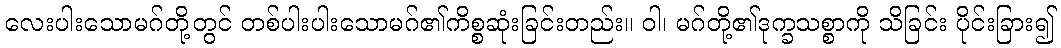
လေးပါးသောမဂ်တို့တွင် တစ်ပါးပါးသောမဂ်၏ကိစ္စဆုံးခြင်းတည်း။ ဝါ၊ မဂ်တို့၏ဒုက္ခသစ္စာကို သိခြင်း ပိုင်းခြား၍